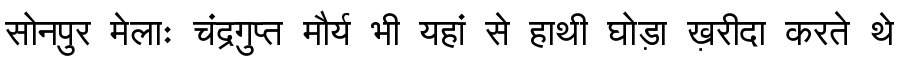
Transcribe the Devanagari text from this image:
सोनपुर मेलाः चंद्रगुप्त मौर्य भी यहां से हाथी घोड़ा ख़रीदा करते थे